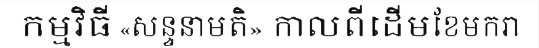
កម្មវិធី «សន្ទនាមតិ» កាលពីដើមខែមករា